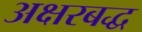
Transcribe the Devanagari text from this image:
अक्षरबद्ध